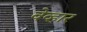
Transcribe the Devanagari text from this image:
वेव्हार